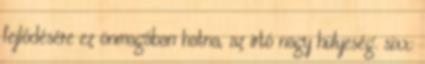
fejlődésére ez önmagában hatna, az irtó nagy hülyeség. sixx: